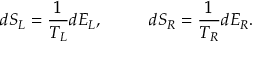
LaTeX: d S _ { L } = { \frac { 1 } { T _ { L } } } d E _ { L } , \ \ \ \ \ \ \ \ d S _ { R } = { \frac { 1 } { T _ { R } } } d E _ { R } .